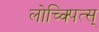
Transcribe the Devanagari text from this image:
लोच्क्पित्स्